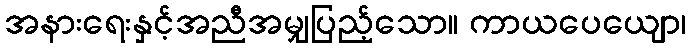
အနားရေးနှင့်အညီအမျှပြည့်သော။ ကာယပေယျော၊